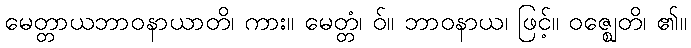
မေတ္တာယဘာဝနာယာတိ၊ ကား။ မေတ္တံ၊ ဝ်။ ဘာဝနာယ၊ ဖြင့်။ ဝဇ္ဈေတိ၊ ၏။